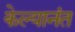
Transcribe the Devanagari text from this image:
केल्यानंत